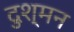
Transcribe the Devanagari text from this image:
दुश्‍मन